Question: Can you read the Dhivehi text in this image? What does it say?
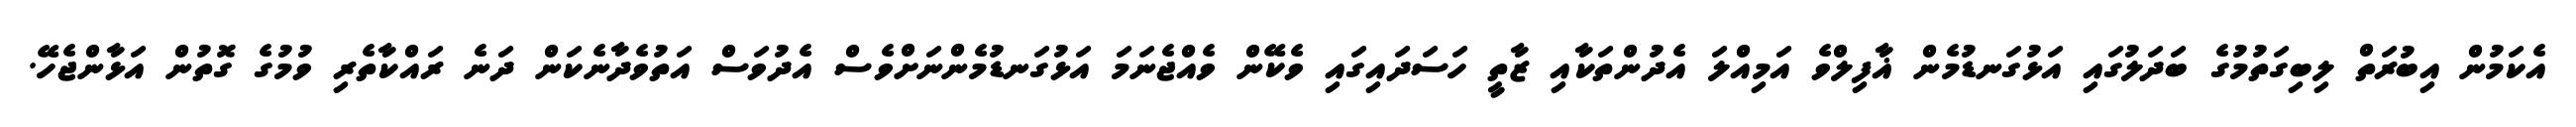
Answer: އެކަމުން އިބުރަތް ލިބިގަތުމުގެ ބަދަލުގައި އަޅުގަނޑުމެން ޣާފިލްވެ އަމިއްލަ އެދުންތަކާއި ޒާތީ ހަސަދައިގައި ވެކޭން ވެއްޖެނަމަ އަޅުގަނޑުމެންނަށްވެސް އެދުވަސް އަތުވެދާނެކަން ދަނެ ރައްކާތެރި ވުމުގެ ގޮތުން އަޅާންޖެހޭ.